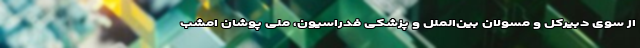
از سوی دبیرکل و مسولان بین‌الملل و پزشکی فدراسیون، ملی پوشان امشب